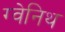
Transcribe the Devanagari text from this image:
ग्वेनिथ